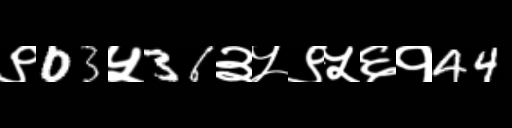
Text: ९03५36३५९५६१44